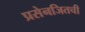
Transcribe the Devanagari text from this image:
प्रसेनजितची